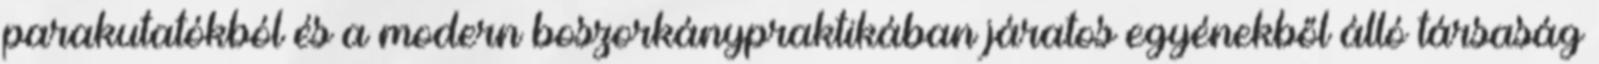
parakutatókból és a modern boszorkánypraktikában járatos egyénekből álló társaság